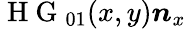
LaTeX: \mathrm{~H~G~}_{01}(x,y)\boldsymbol{n}_{x}